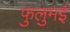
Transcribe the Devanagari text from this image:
फुलुमई